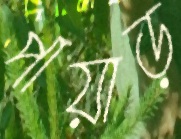
পায়াড়